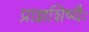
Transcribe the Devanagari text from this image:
प्राज्ञशिष्यैः